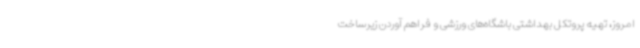
امروز، تهیه پروتکل بهداشتی باشگاه‌های ورزشی و فراهم آوردن زیرساخت